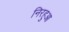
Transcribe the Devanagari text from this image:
निरहुआ